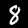
Label: 8